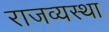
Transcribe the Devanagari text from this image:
राजव्यस्था